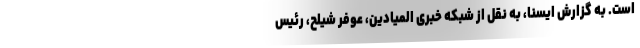
است. به گزارش ایسنا، به نقل از شبکه خبری المیادین، عوفر شیلح، رئیس